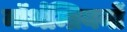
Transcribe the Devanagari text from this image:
नॉर्थम्ब्रियनों